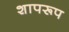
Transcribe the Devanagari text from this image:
शापरूप